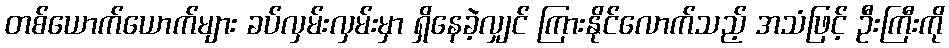
တစ်ယောက်ယောက်များ ခပ်လှမ်းလှမ်းမှာ ရှိနေခဲ့လျှင် ကြားနိုင်လောက်သည့် အသံဖြင့် ဦးကြီးကို